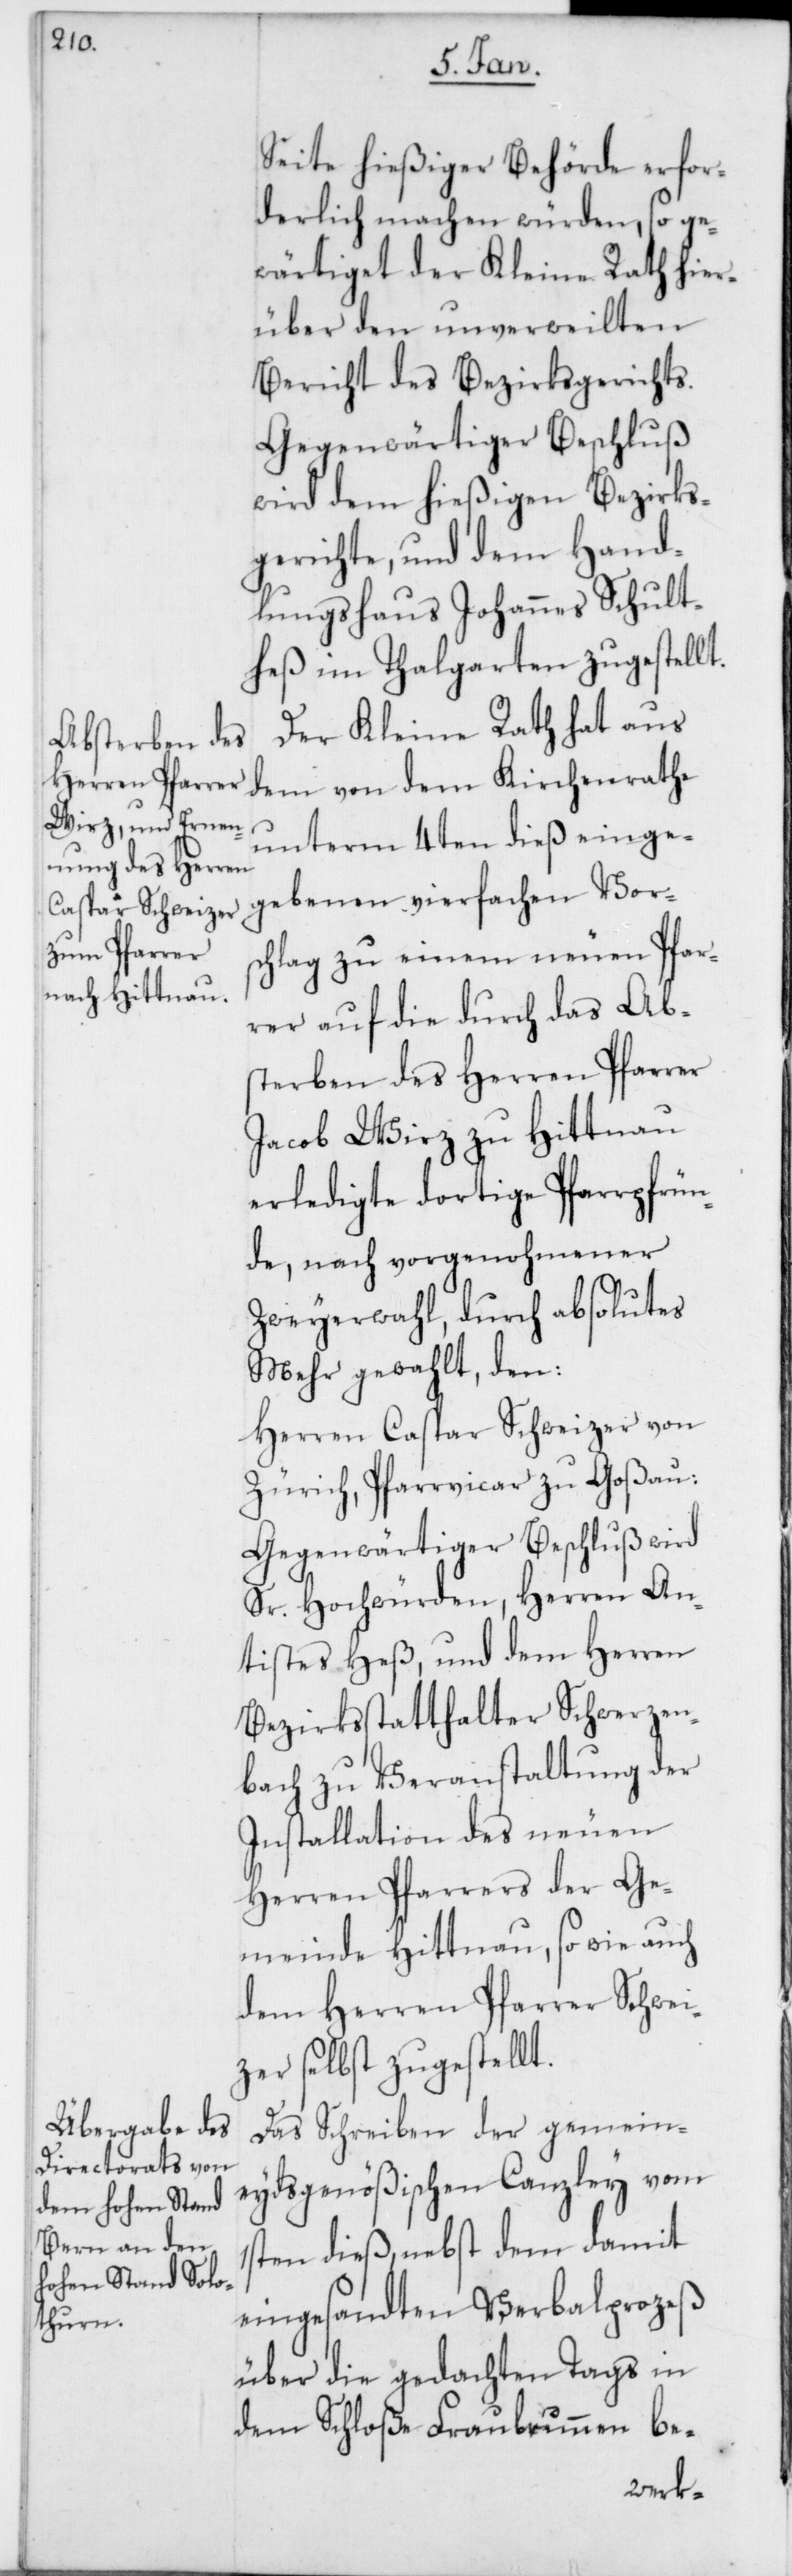
Seite hießiger Behörde erfor¬
derlich machen würden, so ge¬
wärtiget der Kleine Rath hier¬
über den unverweilten
Bericht des Bezirksgerichts.
Gegenwärtiger Beschluß
wird dem hießigen Bezirks¬
gerichte, und dem Hand¬
lungshaus Johannes Schult¬
heß im Thalgarten zugestellt.
Der Kleine Rath hat aus
dem von dem Kirchenrathe
unterm 4ten dieß einge¬
gebenen vierfachen Vor¬
schlag zu einem neuen Pfar¬
rer auf die durch das Ab¬
sterben des Herren Pfarrer
Jacob Wirz zu Hittnau
erledigte dortige Pfarrpfrün¬
de, nach vorgenohmener
Zweyerwahl, durch absolutes
Mehr gewählt den:
Herren Caspar Schweizer von
Zürich, Pfarrvicar zu Goßau:
Gegenwärtiger Beschluß wird
Sr. Hochwürden, Herren An¬
tistes Heß, und dem Herren
Bezirksstatthalter Schwerzen¬
bach zu Veranstaltung der
Installation des neuen
Herren Pfarrers der Ge¬
meinde Hittnau, so wie auch
dem Herren Pfarrer Schwei¬
zer selbst zugestellt.
Das Schreiben der gemein¬
eydsgenößischen Canzley vom
1sten dieß, nebst dem damit
eingesandten Verbalprozeß
über die gedachten Tags in
dem Schloße Fraubrunnen be-